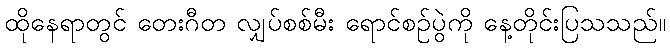
ထိုနေရာတွင် တေးဂီတ လျှပ်စစ်မီး ရောင်စဉ်ပွဲကို နေ့တိုင်းပြသသည်။